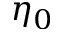
\eta _ { 0 }